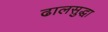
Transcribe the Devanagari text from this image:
ढालसुद्धा